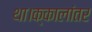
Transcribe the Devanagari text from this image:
था।क्कालांतर